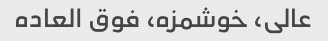
عالی، خوشمزه، فوق العاده